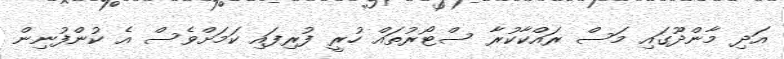
އަދި މާންދޫގައި މަސް ރައްކާކުރާ ސްޓޯރުތައް ހުރީ ފުރިފައި ކަމަށްވެސް އެ ކުންފުނިން